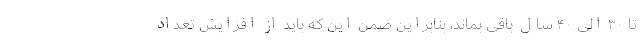
تا ۳۰ الی ۴۰ سال باقی بماند، بنابراین ضمن این که باید از افزایش تعداد